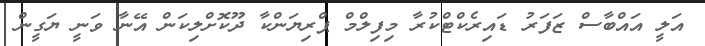
އަލީ އައްބާސް ޒަފަރު ޑައިރެކްޓްކުރާ މިފިލްމް ޕްރިޔަންކާ ދޫކޮށްލިކަން އޭނާ ވަނީ ޔަގީން